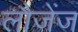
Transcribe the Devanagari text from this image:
लौजेंज